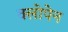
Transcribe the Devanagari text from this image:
क्लोपेन